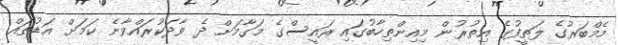
މެމްބަރުގެ ލަތީފުގެ އިތުރުން މިއިންތިހާބުގައި ރައީސްގެ މަގާމަށް ދެ ވާދަކުރައްވާނެ ކަމަށް އަޑުތައް